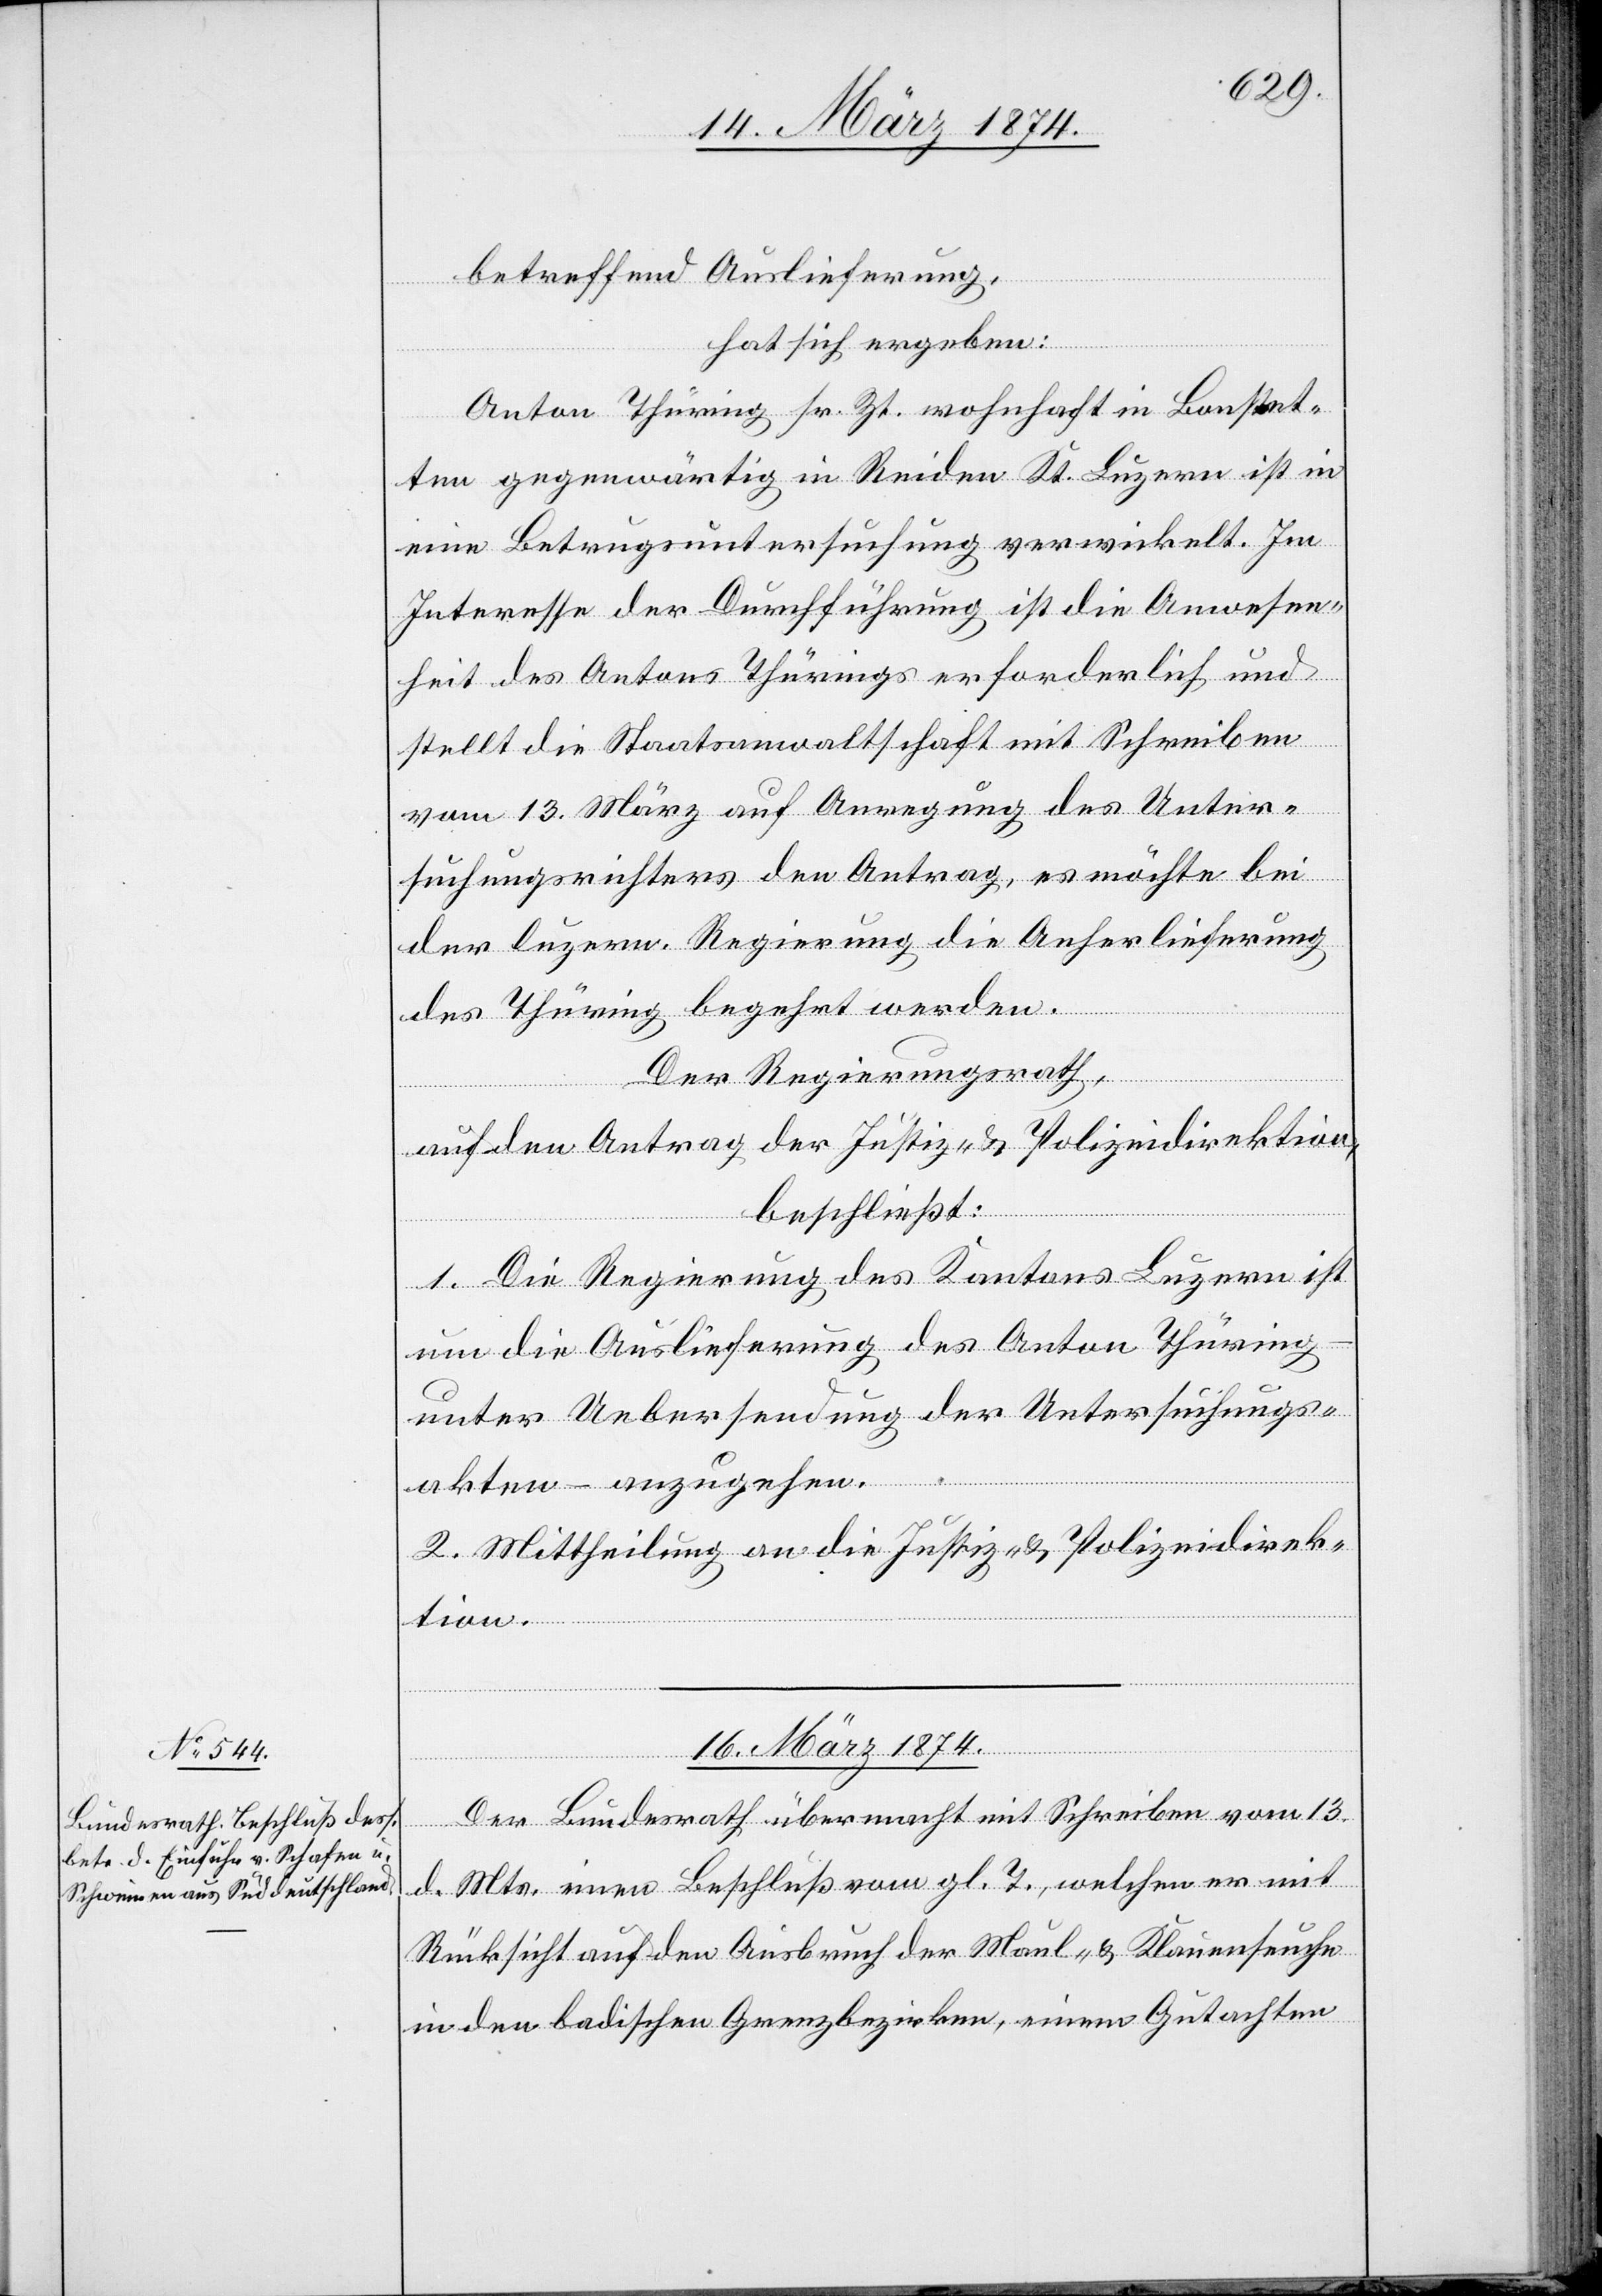
betreffend Auslieferung
hat sich ergeben:
Anton Thüring sr. Zt. wohnhaft in Bonstet¬
ten gegenwärtig in Reiden Kt. Luzern ist in
eine Betrugsuntersuchung verwickelt. Im
Interesse der Durchführung ist die Anwesen¬
heit des Antons Thürings erforderlich und
stellt die Staatsanwaltschaft mit Schreiben
vom 13. März auf Anregung des Unter¬
suchungsrichters den Antrag, es möchte bei
der luzerm. [sic!] Regierung die Anherlieferung
des Thüring begehrt werden.
Der Regierungsrath,
auf den Antrag der Justiz- u. Polizeidirektion,
beschließt:
1. Die Regierung des Kantons Luzern ist
um die Auslieferung des Anton Thüring
unter Uebersendung der Untersuchungs¬
akten – anzugehen.
2. Mittheilung an die Justiz- u. Polizeidirek¬
tion.
16. März 1874.
Der Bundesrath übermacht mit Schreiben vom 13.
d. Mts. einen Beschluß vom gl. T., welchen er mit
Rücksicht auf den Ausbruch der Maul- u. Klauenseuche
in den badischen Grenzbezirken, einem Gutachten